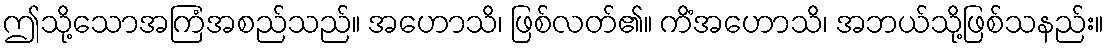
ဤသို့သောအကြံအစည်သည်။ အဟောသိ၊ ဖြစ်လတ်၏။ ကိံအဟောသိ၊ အဘယ်သို့ဖြစ်သနည်း။